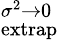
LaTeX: ^{\sigma^{2}\rightarrow 0}_{\mathrm{extrap}}